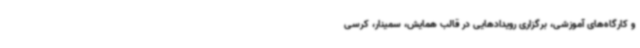
و کارگاه‌های آموزشی، برگزاری رویدادهایی در قالب همایش، سمینار، کرسی